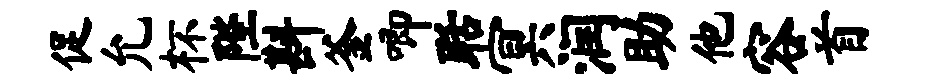
促允杯陛斟釜唧聒冥润助他容首